King Institute of Preventive Medicine Micro-Biological Section reports 1912-19
Year: 1912
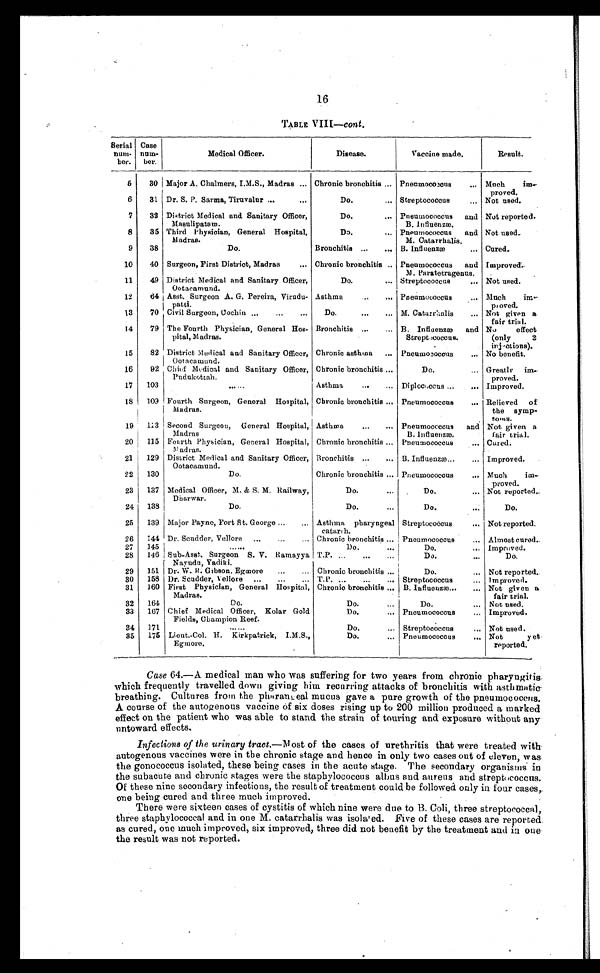
16
TABLE VIII— cont.
Serial
num-
ber.
Case
num-
ber.
Medical Officer.
Disease.
Vaccine made.
Result.
5 30 Major A. Chalmers, I.M.S., Madras . . . Chronic bronchitis ... Pneumococcus . . .
Much im
-
proved.
6
31 Dr. S. P. Sarnia, Tiruvalur . . .
Do. . . .
Streptococcus . . .
Not used.
7
32 District Medical and Sanitary Officer,
Masulipatam.
Do. . . .
Pneumococcus and
B. Influenzæ.
Not reported.
8
35 Third Physician, General Hospital,
Madras.
Do. . . .
Pneumococcus and
M. Catarrhalis.
Not used.
9
38
Do.
Bronchitis . . .
B. Influenzæ . . .
Cured.
10
40 Surgeon, First District, Madras . . .
Chronic bronchitis . . . Pneumococcus and
N. Paratetragenus.
Improved.
11
49 District Medical and Sanitary Officer,
Ootacamund.
D o . . . .
Not used.
Streptococcus . . .
12
64 Asst. Surgeon A. G. Pereira, Virudu
-patti.
Asthma . . .
Pneumococcus . . .
Much im
-
proved.
13
70 Civil Surgeon, Cochin . . .
Do. . . .
M. Catarrhalis . . .
Not given a
fair trial.
14
79 The Fourth Physician, General Hos
-pital, Madras.
Bronchitis . . .
B. Influenzæ and
Streptococcus.
No effect
(only 2
injections).
15
82 District Medical and Sanitary Officer,
Ootacamund.
Chronic asthma . . .
Pneumococcus . . .
No benefit.
16
92 Chief Medical and Sanitary Officer,
Pudukottah
Chronic bronchitis . . .
Do. . . .
Greatly im
-proved.
17
103
. . .
Asthma . . .
Diplococcus . . .
Improved.
18
109 Fourth Surgeon, General Hospital,
Madras.
Chronic bronchitis
. . .
Pneumococcus . . .
Relieved of
the symp
-toms.
19
113 Second Surgeon, General Hospital,
Madras
Asthma . . .
Pneumococcus and
B. Influenzæ.
Not given a
fair trial.
20
115 Fourth Physician, General Hospital,
Madras.
Chronic bronchitis . . . Pneumococcus . . .
Cured.
21
129 District Medical and Sanitary Officer,
Ootacamund.
Bronchitis . . .
B. Influenzæ . . .
Improved.
22
130
Do.
Chronic bronchitis . . . Pneumococcus . . .
Much im
-proved.
23
137 Medical Officer, M. & S. M. Railway,
Dharwar.
Do. . . .
Do. . . .
Not reported.
24
138
Do.
Do. . . .
D o . . . .
Do.
25
139 Major Payne, Fort St. George . . .
Asthma pharyngeal
catarrh.
Streptococcus . . .
Not reported.
26
144 Dr. Scudder, Vellore . . .
Chronic bronchitis . . . Pneumococcus . . .
Almost cured.
27
145
. . .
Do. . . .
Do. . . .
Improved.
28
146 Sub-Asst. Surgeon S. V. Ramayya
Nayudu, Yadiki.
T.P. . . .
Do. . . .
Do.
29
151 Dr. W. R. Gibson. Egmore . . .
Chronic bronchitis . . .
Do. . . .
Not reported..
30
158 Dr. Scudder, Vellore . . .
T.P. . . .
Streptococcus . . .
Improved.
31
160 First Physician, General Hospital,
Madras.
Chronic bronchitis . . . B. Influenzæ . . .
Not given a
fair trial.
32
164
Do.
Do. . . .
Do. . . . Not used.
33
167 Chief Medical Officer, Kolar Gold
Fields, Champion Reef.
Do. . . .
Pneumococcus . . .
Improved.
34
171
. . .
Do. . . .
Streptococcus . . .
Not used.
35
175 Lieut.-Col. H. Kirkpatrick, I.M.S.,
Egmore,
Do. . . .
Pneumococcus . . .
Not yet
reported.
Case 64.—A medical man who was suffering for two years from chronic pharyngitis
which frequently travelled down giving him recurring attacks of bronchitis with asth matic
breathing. Cultures from the pharangeal mucus gave a pure growth of the pneumococcus.
A course of the autogenous vaccine of six doses rising up to 200 million produced a marked
effect on the patient who was able to stand the strain of touring and exposure without any
untoward effects.
Infections of the urinary tract.— Most of the cases of urethritis that were treated with
autogenous vaccines were in the chronic stage and hence in only two cases out of eleven, was
the gonococcus isolated, these being cases in the acute stage. The secondary organisms in
the subacute and chronic stages were the staphylococcus albus and aurens and streptococcus.
Of these nine secondary infections, the result of treatment could be followed only in four cases,
one being cured and three much improved.
There were sixteen cases of cystitis of which nine were due to B. Coli, three streptococcal,
three staphylococcal and in one M. catarrhalis was isolated. Five of these cases are reported
as cured, one much improved, six improved, three did not benefit by the treatment and in one
the result was not reported.